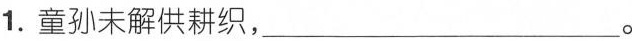
1.童孙未解供耕织，___。